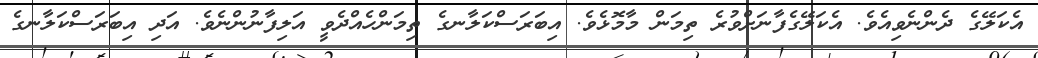
އެކަލޭގެ ދެންނެވިއެވެ. އެކަލޭގެފާނަށްވުރެ ތިމަން މާމޮޅެވެ. އިބަރަސްކަލާނގެ ތިމަންހެއްދެވީ އަލިފާނުންނެވެ. އަދި އިބަރަސްކަލާނގެ